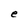
Character: e